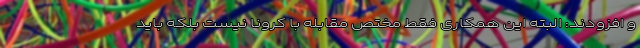
و افزودند: البته این همکاری فقط مختص مقابله با کرونا نیست بلکه باید